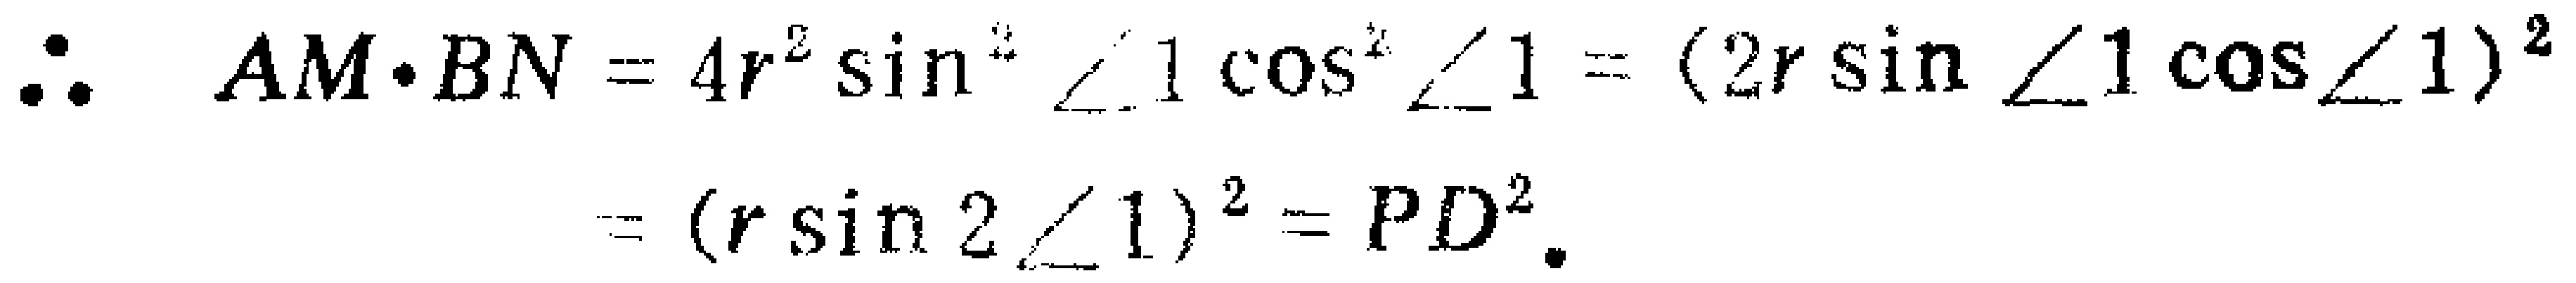
\[\therefore AM\cdot BN = 4r^{2}\sin^{2}\angle1\cos^{2}\angle1=(2r\sin\angle1\cos\angle1)^{2}=(r\sin2\angle1)^{2}=PD^{2}.\]